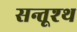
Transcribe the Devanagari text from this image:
सन्तूश्थ